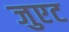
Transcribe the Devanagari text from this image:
जुएट